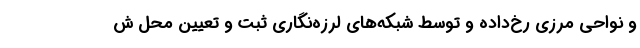
و نواحی مرزی رخ‌داده و توسط شبکه‌های لرزه‌نگاری ثبت و تعیین محل ش